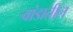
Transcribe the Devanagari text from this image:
र्‍वांडातील